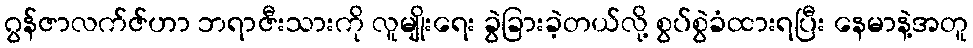
ဂွန်ဇာလက်ဇ်ဟာ ဘရာဇီးသားကို လူမျိုးရေး ခွဲခြားခဲ့တယ်လို့ စွပ်စွဲခံထားရပြီး နေမာနဲ့အတူ